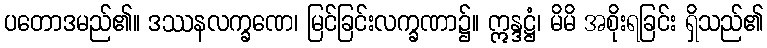
ပတောဒမည်၏။ ဒဿနလက္ခဏေ၊ မြင်ခြင်းလက္ခဏာ၌။ ဣန္ဒဋ္ဌံ၊ မိမိ အစိုးရခြင်း ရှိသည်၏